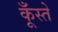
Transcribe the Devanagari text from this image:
कूँस्ते